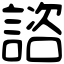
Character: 諮